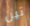
تين